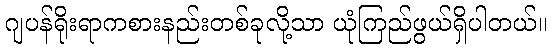
ဂျပန်ရိုးရာကစားနည်းတစ်ခုလို့သာ ယုံကြည်ဖွယ်ရှိပါတယ်။